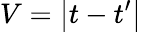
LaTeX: V=\left|t-t^{\prime}\right|